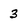
Character: 3